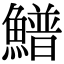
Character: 䲕